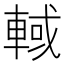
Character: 𰹓